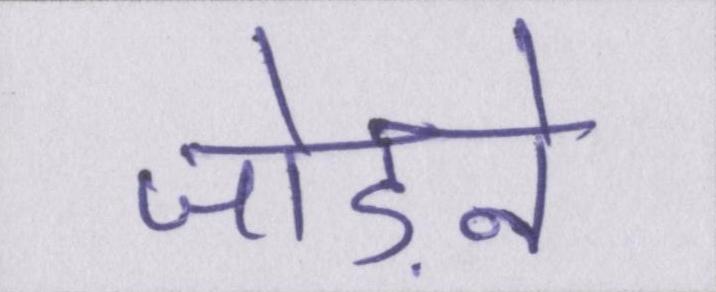
जोड़ने